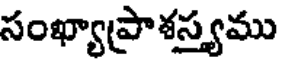
సంఖ్యాప్రాశస్త్యము